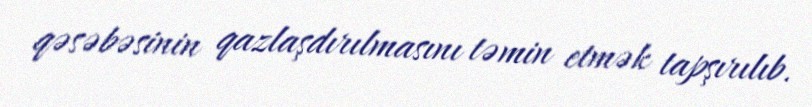
qəsəbəsinin qazlaşdırılmasını təmin etmək tapşırılıb.